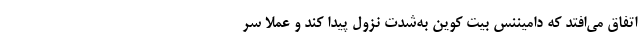
اتفاق می‌افتد که دامیننس بیت کوین به‌شدت نزول پیدا کند و عملاً سر